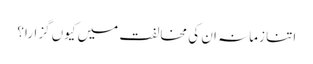
اتنا زمانہ ان کی مخالفت میں کیوں گزارا؟